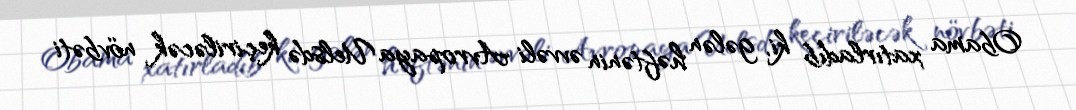
Obama xatırladıb ki, gələn həftənin əvvəli Avropaya Uelsdə keçiriləcək növbəti